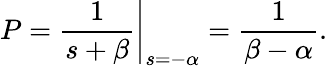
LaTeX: P=\left.{\frac{1}{s+\beta}}\right|_{s=-\alpha}={\frac{1}{\beta-\alpha}}.